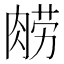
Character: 𰮮